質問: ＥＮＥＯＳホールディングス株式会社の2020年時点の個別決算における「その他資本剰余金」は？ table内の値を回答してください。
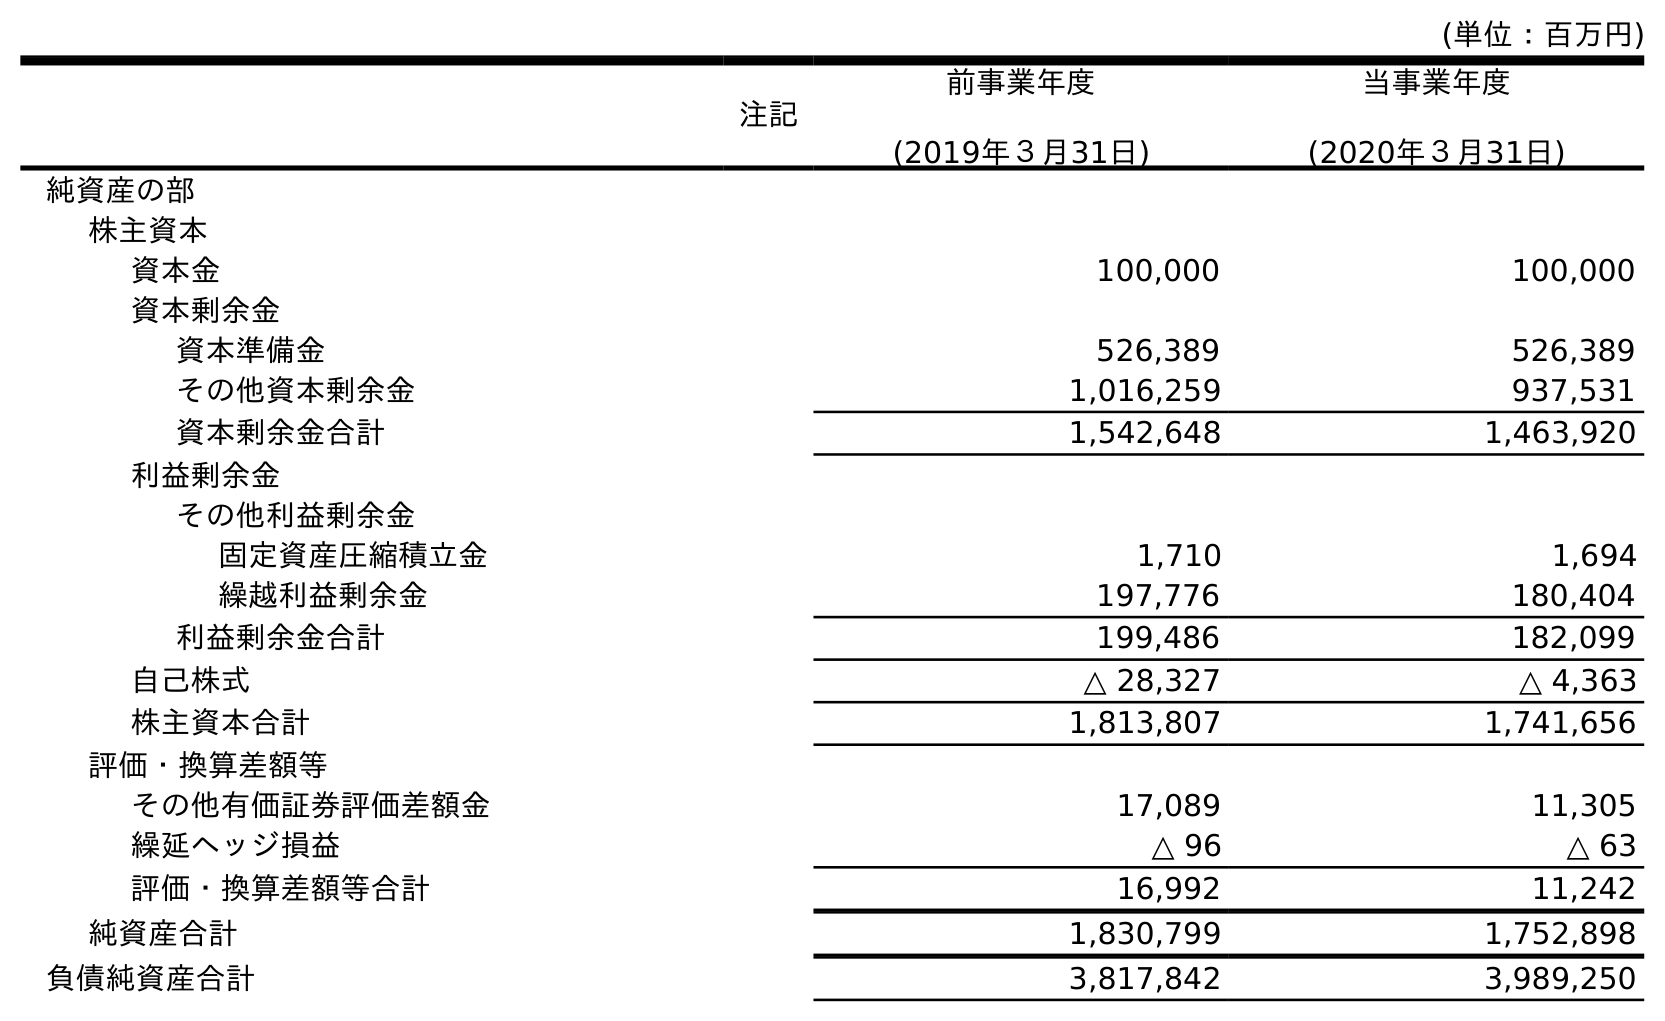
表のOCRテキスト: (単位：百万円) 注記 前事業年度 (2019年３月31日) 当事業年度 (2020年３月31日) 純資産の部 株主資本 資本金 100,000 100,000 資本剰余金 資本準備金 526,389 526,389 その他資本剰余金 1,016,259 937,531 資本剰余金合計 1,542,648 1,463,920 利益剰余金 その他利益剰余金 固定資産圧縮積立金 1,710 1,694 繰越利益剰余金 197,776 180,404 利益剰余金合計 199,486 182,099 自己株式 △ 28,327 △ 4,363 株主資本合計 1,813,807 1,741,656 評価・換算差額等 その他有価証券評価差額金 17,089 11,305 繰延ヘッジ損益 △ 96 △ 63 評価・換算差額等合計 16,992 11,242 純資産合計 1,830,799 1,752,898 負債純資産合計 3,817,842 3,989,250
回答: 937,531